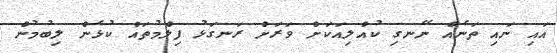
އައި ނައި ތަނެއް ނޭނގި ކުއްލިއަކަށް ވަރަށް ރަނގަޅު ފިލްމުތައް ކުޅެން ލިބުމުން